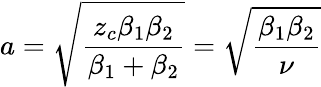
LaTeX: a=\sqrt{\frac{z_{c}\beta_{1}\beta_{2}}{\beta_{1}+\beta_{2}}}=\sqrt{\frac{\beta_{1}\beta_{2}}{\nu}}